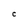
Character: C